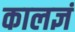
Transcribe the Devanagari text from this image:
कालज्ञं